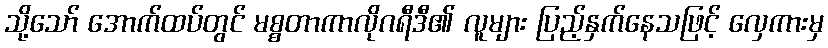
သို့သော် အောက်ထပ်တွင် မစ္စတာကာလိုဂရီဒီ၏ လူများ ပြည့်နှက်နေသဖြင့် လှေကားမှ